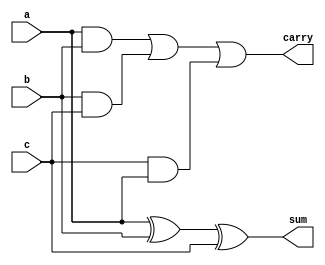
`timescale 1ns / 1ps
//////////////////////////////////////////////////////////////////////////////////
// Company: 
// Engineer: 
// 
// Design Name: 
// Module Name:    Fulladder 
// Project Name: 
// Target Devices: 
// Tool versions: 
// Description: 
//
// Dependencies: 
//
// Revision: 
// Revision 0.01 - File Created
// Additional Comments: 
//
//////////////////////////////////////////////////////////////////////////////////
module Fulladder(a,b,c,sum,carry);
input a,b,c;
output sum,carry;
assign sum=a^b^c;
assign carry=(a&b)|(b&c)|(c&a);
endmodule